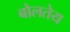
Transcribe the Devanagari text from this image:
बोलतेय